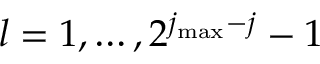
l = 1 , \dots , 2 ^ { j _ { \mathrm { m a x } } - j } - 1